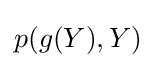
p(g(Y),Y)